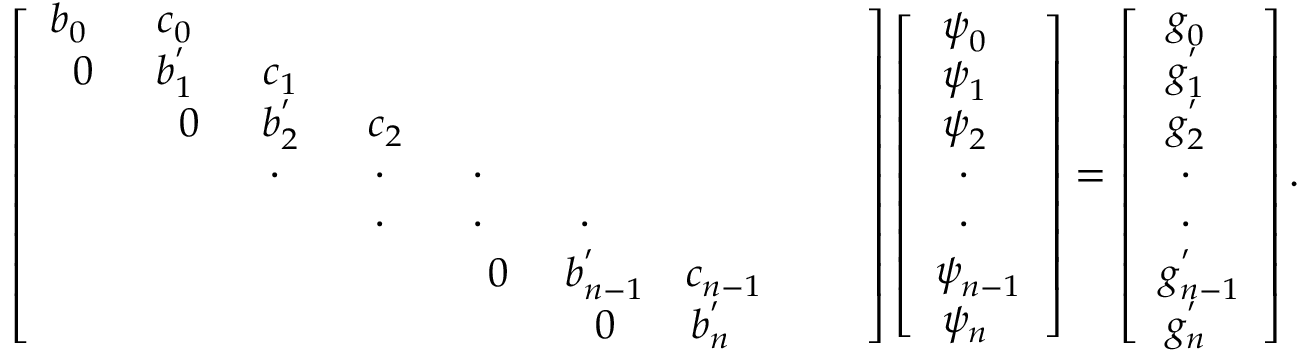
\left[ \begin{array} { c c c c c c c c c } { b _ { 0 ~ ~ } } & { c _ { 0 ~ ~ } } & & & & & & & \\ { 0 } & { b _ { 1 ~ ~ } ^ { ' } } & { c _ { 1 ~ ~ } } & & & & & & \\ & { 0 } & { b _ { 2 ~ ~ } ^ { ' } } & { c _ { 2 ~ ~ } } & & & & & \\ & & { \cdot { ~ ~ ~ } } & { \cdot { ~ ~ ~ } } & { \cdot { ~ ~ ~ } } & & & & \\ & & & { \cdot { ~ ~ ~ } } & { \cdot { ~ ~ ~ } } & { \cdot { ~ ~ ~ } } & & & \\ & & & & { 0 } & { b _ { n - 1 } ^ { ' } } & { c _ { n - 1 } } & & \\ & & & & & { 0 } & { b _ { n ~ ~ } ^ { ' } } \end{array} \right] \left[ { \begin{array} { c } { \psi _ { 0 ~ ~ } ^ { ~ } } \\ { \psi _ { 1 ~ ~ } ^ { ~ } } \\ { \psi _ { 2 ~ ~ } ^ { ~ } } \\ { ~ \cdot _ { ~ ~ ~ } } \\ { ~ \cdot _ { ~ ~ ~ } } \\ { \psi _ { n - 1 } ^ { ~ } } \\ { \psi _ { n ~ ~ } ^ { ~ } } \end{array} } \right] = \left[ { \begin{array} { c } { g _ { 0 ~ ~ } ^ { ~ } } \\ { g _ { 1 ~ ~ } ^ { ' } } \\ { g _ { 2 ~ ~ } ^ { ' } } \\ { ~ \cdot _ { ~ ~ ~ } } \\ { ~ \cdot _ { ~ ~ ~ } } \\ { g _ { n - 1 } ^ { ' } } \\ { g _ { n ~ ~ } ^ { ' } } \end{array} } \right] .